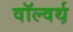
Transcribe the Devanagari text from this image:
वॉल्वर्थ़